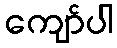
ကျော်ပါ